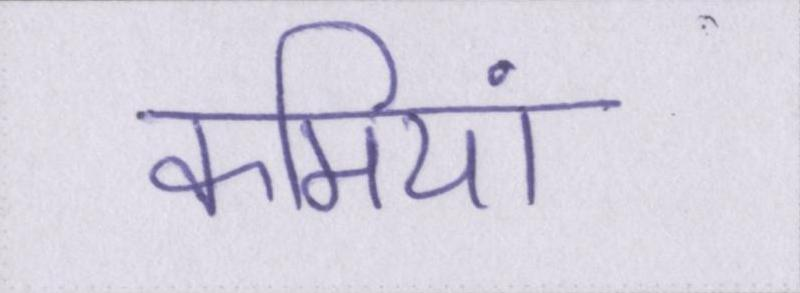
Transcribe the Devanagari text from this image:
कमियां